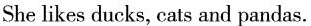
She likes ducks, cats and pandas.